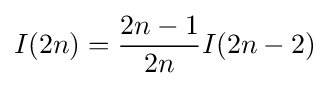
I(2n)={\frac {2n-1}{2n}}I(2n-2)